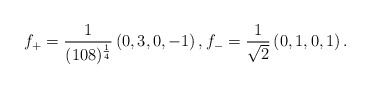
\begin{align*} f_+ = \frac{1}{(108)^{\frac{1}{4}}} \left(0, 3, 0, -1\right), f_- = \frac{1}{\sqrt{2}}\left(0,1,0,1\right).\end{align*}